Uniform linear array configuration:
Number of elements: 8
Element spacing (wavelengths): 1
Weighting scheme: blackman
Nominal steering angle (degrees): -60
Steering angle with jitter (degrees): -58.671
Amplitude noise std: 0.05
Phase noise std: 0.05

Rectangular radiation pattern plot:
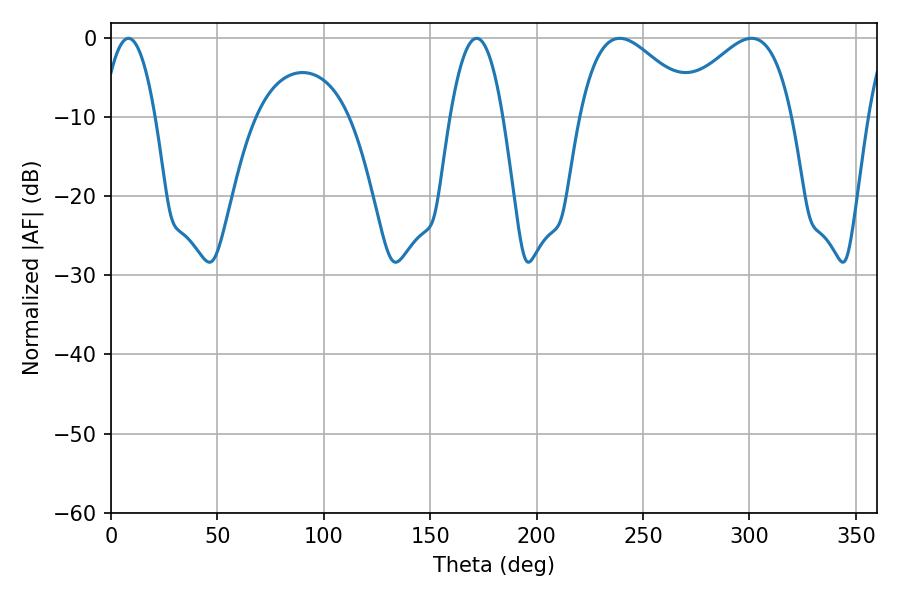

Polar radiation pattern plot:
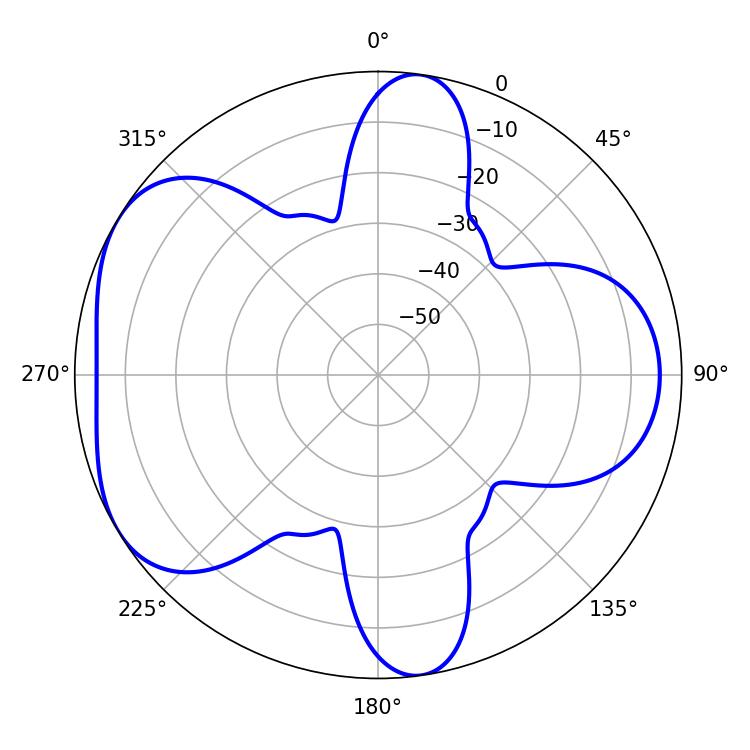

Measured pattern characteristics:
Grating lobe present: TRUE
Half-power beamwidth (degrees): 29.88
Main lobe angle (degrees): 239.04